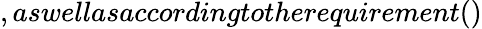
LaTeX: ,aswellasaccordingtotherequirement()